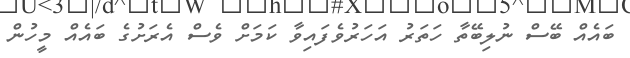
ބައެއް ބޭސް ނުލިބޭތާ ހަތަރު އަހަރުވެފައިވާ ކަމަށް ވެސް އެރަށުގެ ބައެއް މީހުން